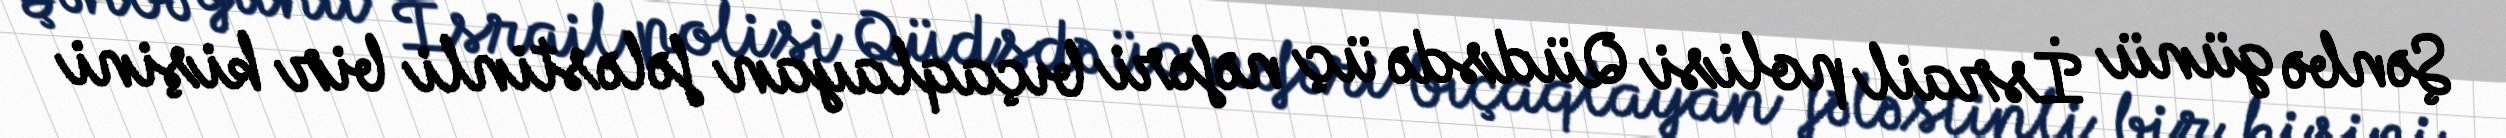
Şənbə günü İsrail polisi Qüdsdə üç nəfəri bıçaqlayan fələstinli bir kişini